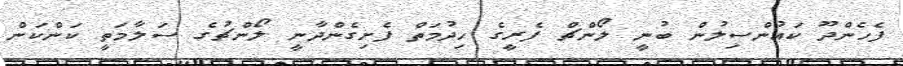
ފެހެންދޫ ކައުންސިލުން ބުނީ ލޯންޗް ފެރީގެ ހިދުމަތް ފެށިގެންދާނީ ލޯންޗުގެ ސަލާމަތީ ކަންކަން